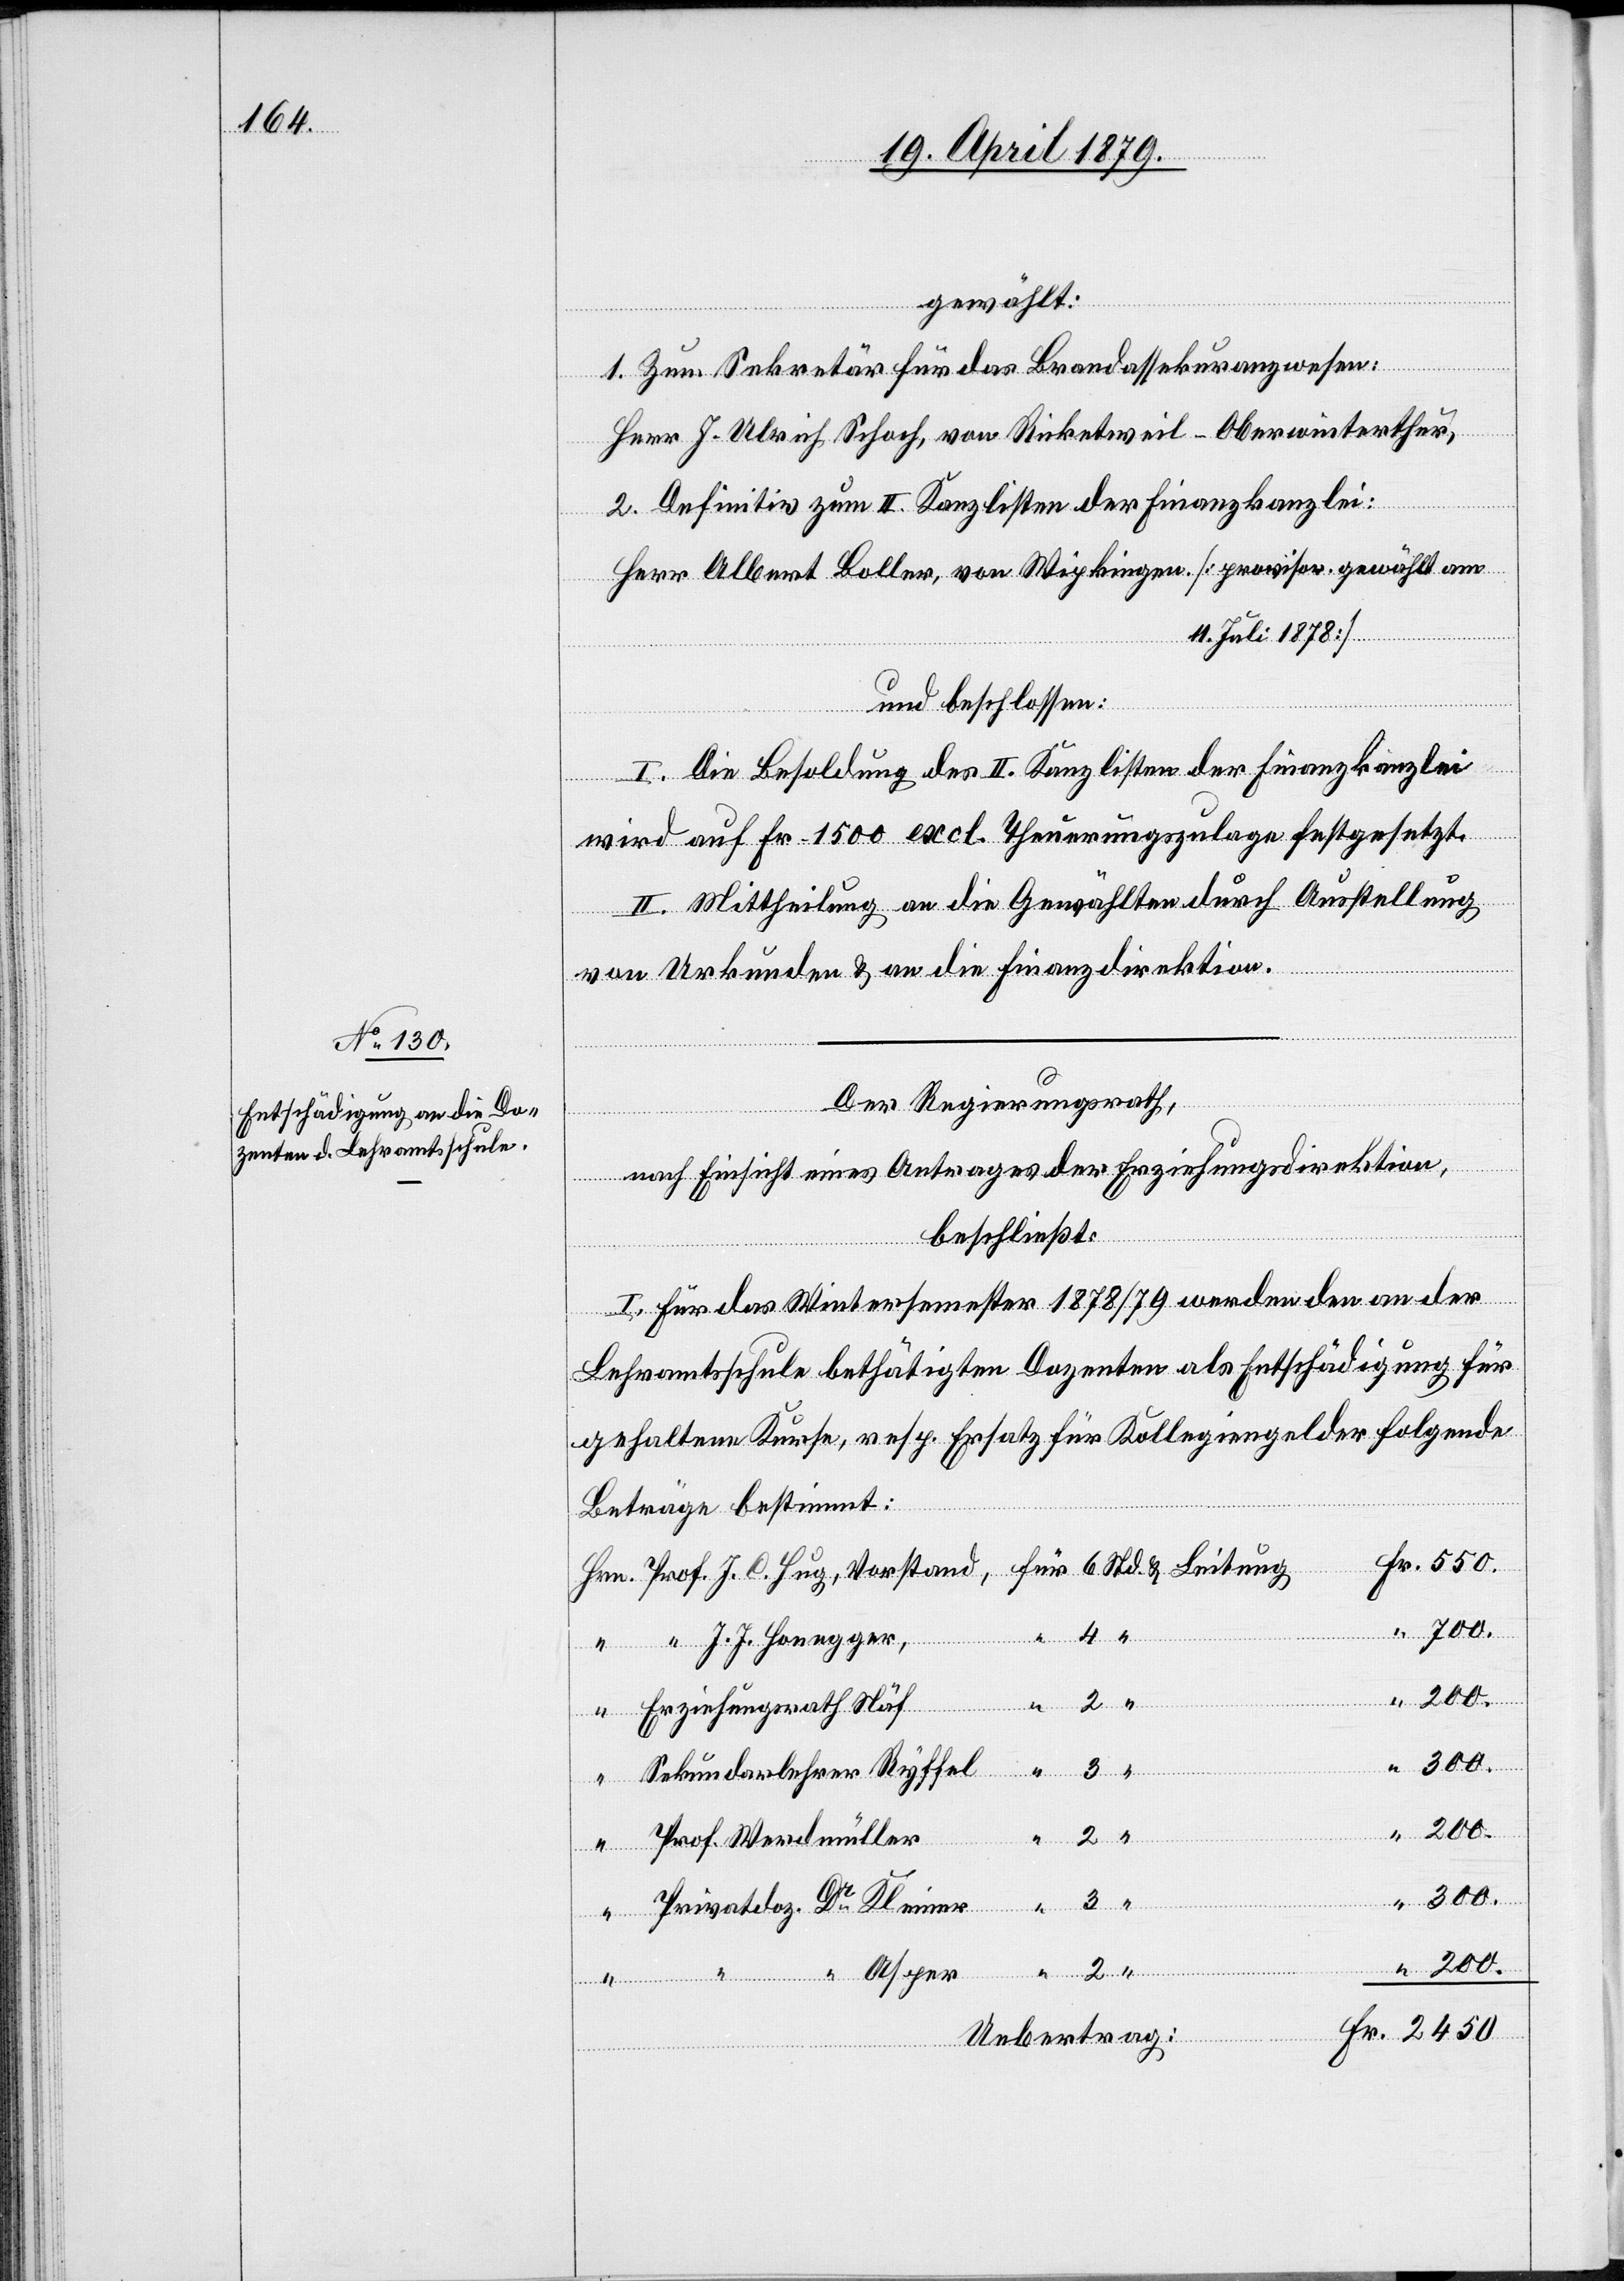
gewählt:
1. Zum Sekretär für das Brandassekuranzwesen:
Herr J. Ulrich Schoch, von Ricketweil - Oberwinterthur,
2. Definitiv zum II. Kanzlisten der Finanzkanzlei:
Herr Albert Boller, von Wipkingen [provisor. gewählt am
11. Juli 1878]
und beschlossen:
I. Die Besoldung des II. Kanzlisten der Finanzkanzlei
wird auf Fr. 1500 excl. Theuerungszulage festgesetzt.
II. Mittheilung an die Gewählten durch Ausstellung
von Urkunden & an die Finanzdirektion.
Der Regierungsrath,
nach Einsicht eines Antrages der Erziehungsdirektion,
Fr.
beschließt:
I. Für das Wintersemester 1878/79 werden den an der
Lehramtsschule bethätigten Dozenten als Entschädigung für
gehaltene Kurse, resp. Ersatz für Kollegiengelder folgende
Beträge bestimmt:
“ J. J. Honegger,
Erziehungsrath Näf
Sekundarlehrer Ryffel
200.
Asper
Prof. Werdmüller
300.
“
“
für
Privatdoz. Dr Kleiner
200.
“
2